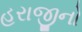
હરાજીનો